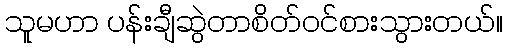
သူမဟာ ပန်းချီဆွဲတာစိတ်ဝင်စားသွားတယ်။